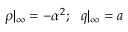
\rho | _ { \infty } = - { \alpha ^ { 2 } } ; \ \ q | _ { \infty } = a